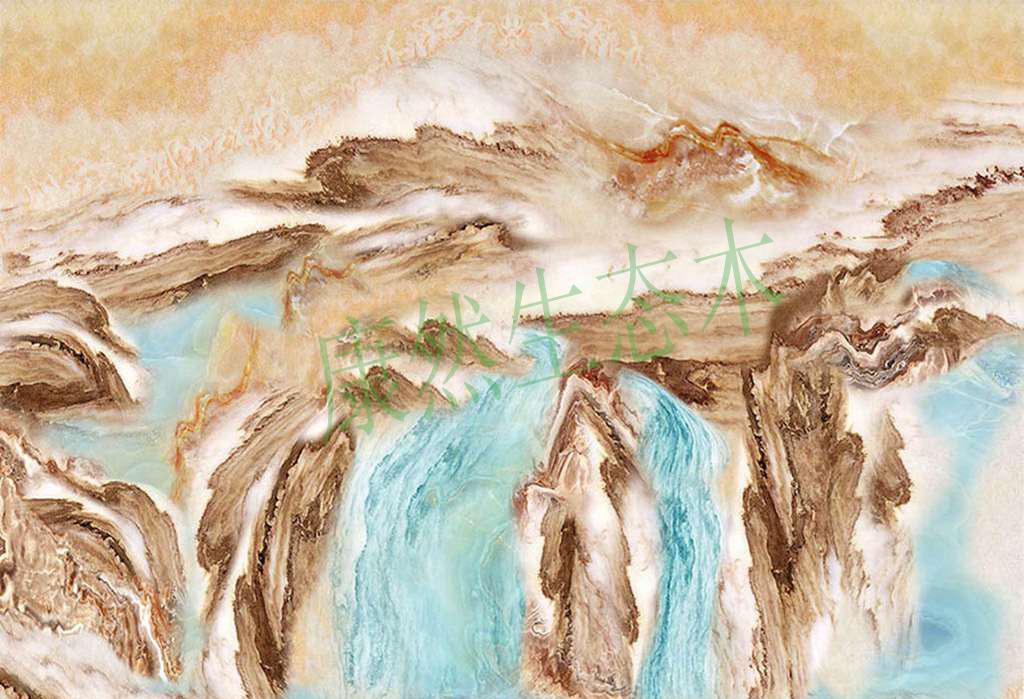
木与木相摩则然，金与火相守则流